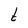
Character: t